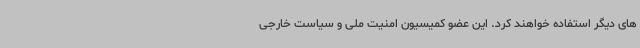
های دیگر استفاده خواهند کرد. این عضو کمیسیون امنیت ملی و سیاست خارجی